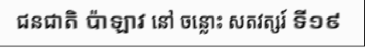
ជនជាតិ ប៉ាឡាវ នៅ ចន្លោះ សតវត្សរ៍ ទី១៩